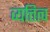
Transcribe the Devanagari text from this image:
व्यत्तित्व